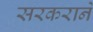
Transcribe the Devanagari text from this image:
सरकराने